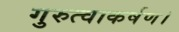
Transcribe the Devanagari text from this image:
गुरुत्वाकर्षण।